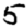
Digit: 5